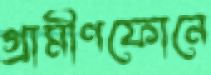
গ্রামীণফোনে